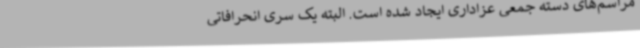
مراسم‌های دسته جمعی عزاداری ایجاد شده است. البته یک سری انحرافاتی